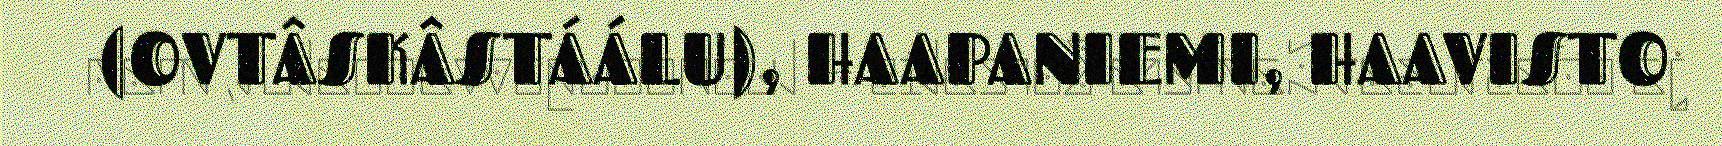
(OVTÂSKÂSTÁÁLU), HAAPANIEMI, HAAVISTO